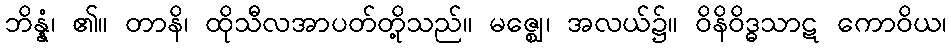
ဘိန္နံ၊ ၏။ တာနိ၊ ထိုသီလအာပတ်တို့သည်။ မဇ္ဈေ၊ အလယ်၌။ ဝိနိဝိဒ္ဓသာဋ ကောဝိယ၊